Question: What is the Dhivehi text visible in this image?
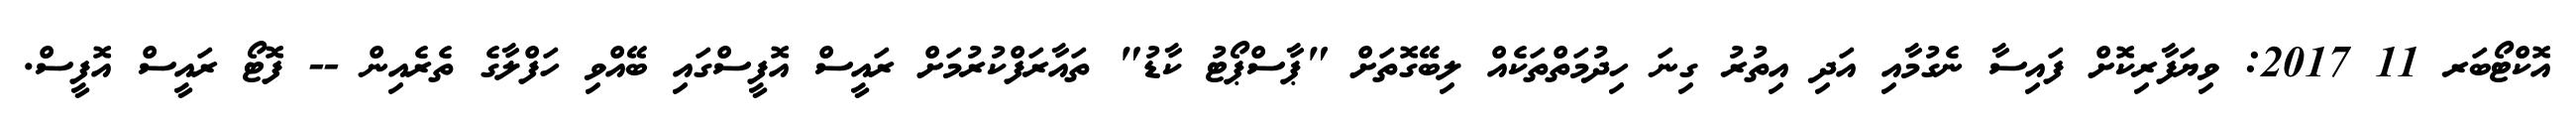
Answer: އޮކްޓޯބަރ 11 2017: ވިޔަފާރިކޮށް ފައިސާ ނެގުމާއި އަދި އިތުރު ގިނަ ހިދުމަތްތަކެއް ލިބޭގޮތަށް "ޕާސްޕޯޓު ކާޑު" ތައާރަފްކުރުމަށް ރައީސް އޮފީސްގައި ބޭއްވި ހަފްލާގެ ތެރެއިން -- ފޮޓޯ ރައީސް އޮފީސް.